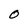
Character: 0